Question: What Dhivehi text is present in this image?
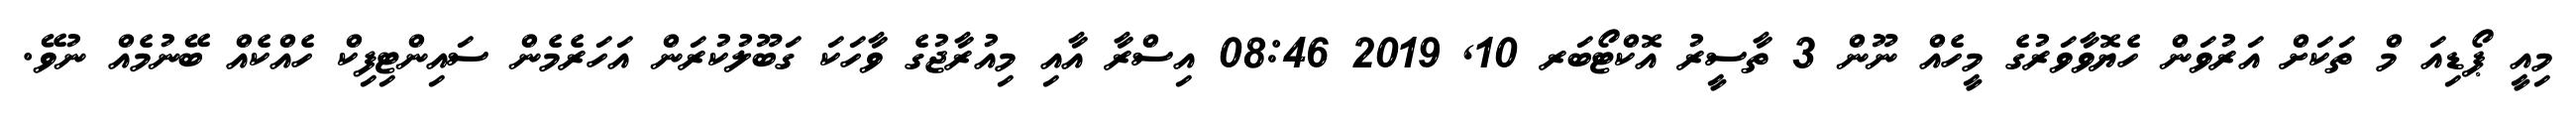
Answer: މިއީ ޕޯޑިއަ މް ތަކަށް އަރުވަން ހެޔޮވާވަރުގެ މީހެއް ނޫން 3 ތާސީރު އޮކްޓޯބަރ 10, 2019 08:46 އިސްރާ އާއި މިއުރާޖުގެ ވާހަކަ ގަބޫލުކުރަން އަހަރެމެން ސައިންޓިފިކް ހެއްކެއް ބޭނުމެއް ނުވޭ.